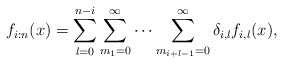
\begin{align*} f_{i:n}(x)=\sum_{l=0}^{n-i}\sum_{m_{1}=0}^{\infty}\cdots\sum_{m_{i+l-1}=0}^{\infty}\delta_{i,l}f_{i,l}(x),\end{align*}